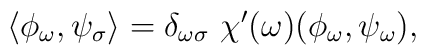
\langle \phi_\omega,\psi_\sigma \rangle=\delta_{\omega \sigma}~\chi'(\omega)(\phi_\omega,\psi_\omega),